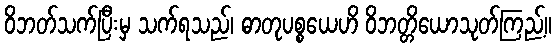
ဝိဘတ်သက်ပြီးမှ သက်ရသည်၊ ဓာတုပစ္စယေဟိ ဝိဘတ္တိယောသုတ်ကြည့်။